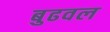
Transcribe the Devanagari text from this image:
बुढवल